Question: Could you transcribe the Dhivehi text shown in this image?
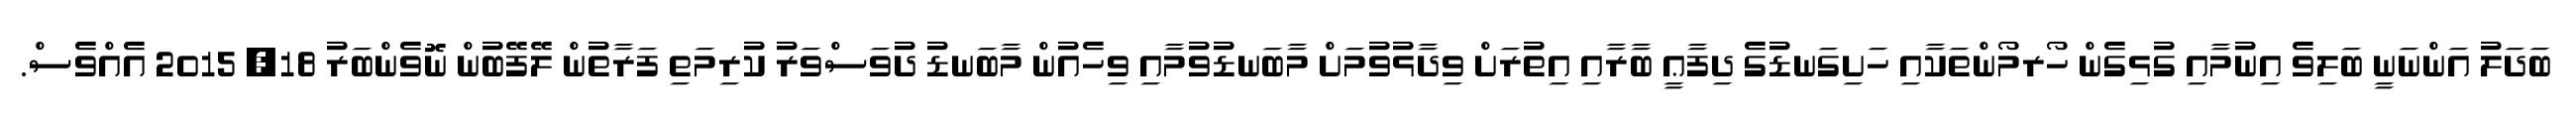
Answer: ބަދަލު އަންނަނީ ބަލިވެ އިނުމާއި ގުޅިގެން ހޯރމޯންތަކާއި ހަށިގަނޑުގެ ދިފާޢީ ބާރާއި އިތުރަށް ވިދާޅުވުމަށް މާބަނޑުވުމާއި ވިހެއުން މާބަނޑު ދުވަސްވަރު ކުރިމަތި ފަރާތުން ލޭފޭބުން ނޮވެންބަރު 18, 2015 އެއްވެސް.